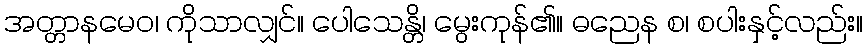
အတ္တာနမေဝ၊ ကိုသာလျှင်။ ပေါသေန္တိ၊ မွေးကုန်၏။ ဓညေန စ၊ စပါးနှင့်လည်း။